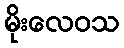
မိုးလေဝသ